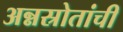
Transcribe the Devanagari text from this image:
अन्नस्रोतांची